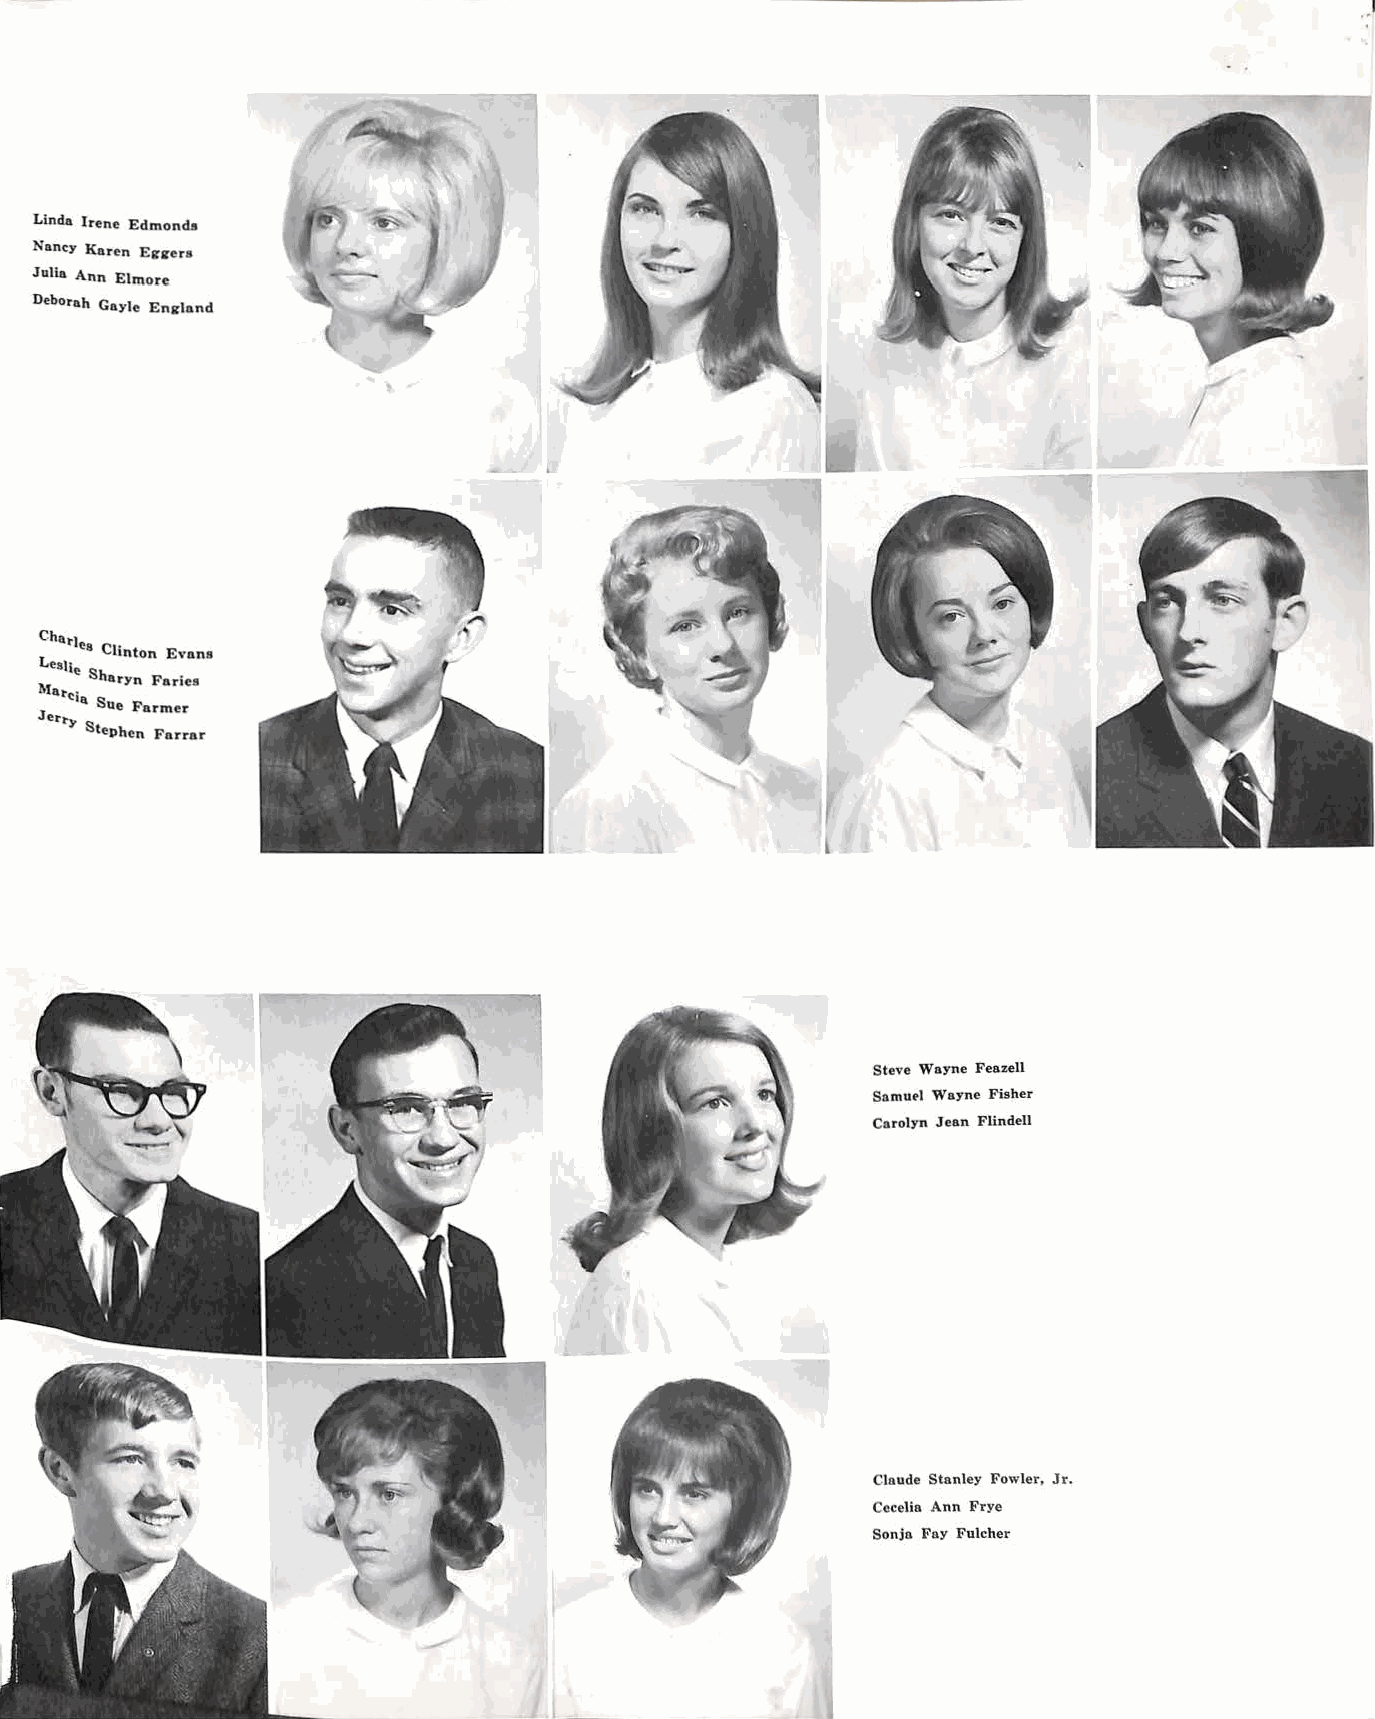
...
 Linda Irene Edmonds
 No.ncy Ko.ren Esnrers
 Julio. Ann Elmore
 Deboro.h Gayle En&'land
 I
 Charles .
 L   Clinton Evans
 esl ie
 Sharyn Faries
 Mare;a
 J   Sue Farmer
 erl").
 Stephen Farro.r
 Steve Wayne Feazell
 Samuel Wayne Fisher
 Carolyn Jean Flindell
 Claude Stanley Fowler, Jr.
 Cecelia Ann Frye
 Sonja Fay Fulcher